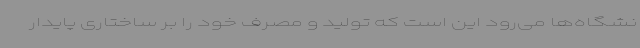
نشگاه‌ها می‌رود این است که تولید و مصرف خود را بر ساختاری پایدار